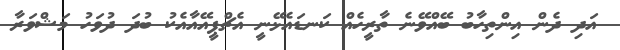
އަދި ދެން އިންތިހާބު ބޭއްވޭނެ ތާރީހެއް ކަނޑައެޅޭނީ އެޗްޕީއޭއާއެކު ބުދަ ދުވަހު މަޝްވަރާ